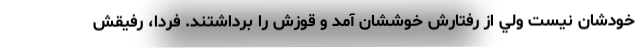
خودشان نيست ولي از رفتارش خوششان آمد و قوزش را برداشتند. فردا، رفيقش